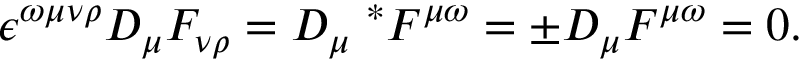
\epsilon ^ { \omega \mu \nu \rho } D _ { \mu } F _ { \nu \rho } = D _ { \mu } \; ^ { * } F ^ { \mu \omega } = \pm D _ { \mu } F ^ { \mu \omega } = 0 .